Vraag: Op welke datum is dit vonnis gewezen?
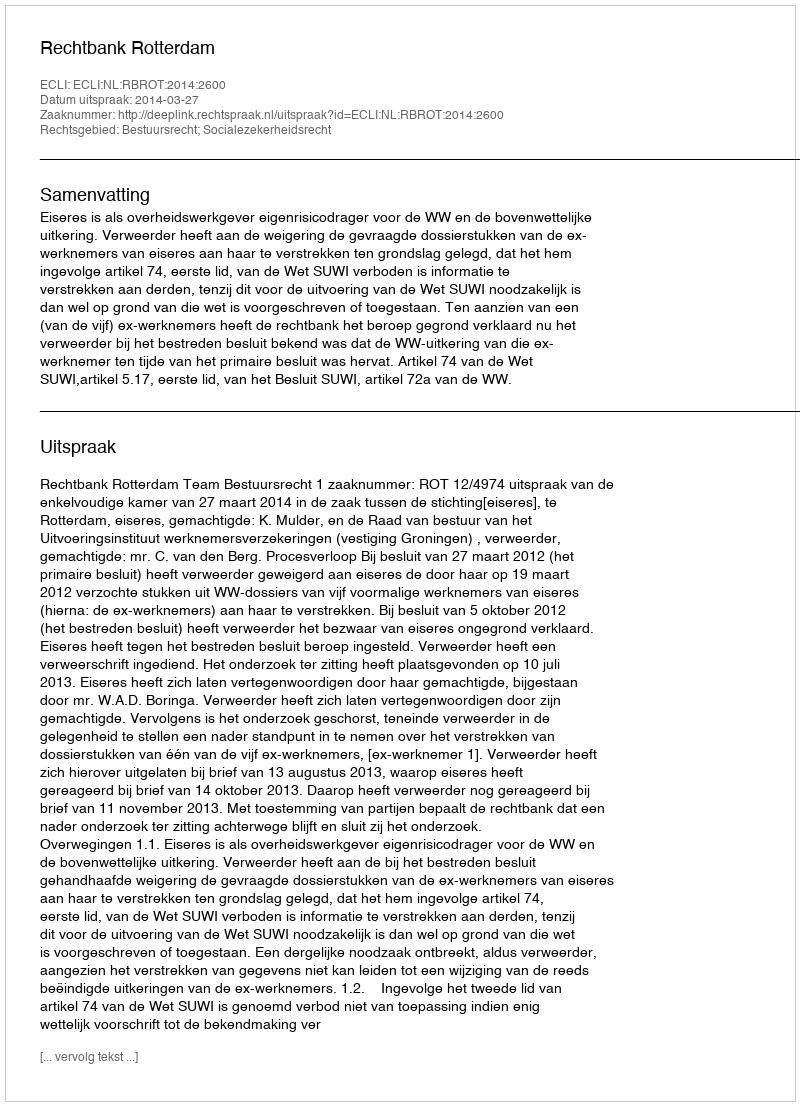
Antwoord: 2014-03-27